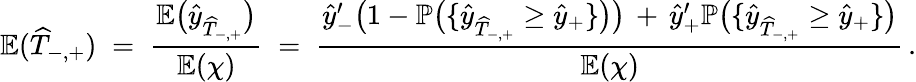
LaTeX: \mathbb{E}(\widehat{T}_{-,+})\; =\; \frac{\mathbb{E}\big(\widehat{y}_{\widehat{T}_{-,+}}\big)}{\mathbb{E}(\chi)}\; =\; \frac{\widehat{y}_{-}^{\prime}\big(1-\mathbb{P}\big(\{ \widehat{y}_{\widehat{T}_{-,+}}\geq\widehat{y}_{+}\} \big)\big)\, +\, \widehat{y}_{+}^{\prime}\mathbb{P}\big(\{ \widehat{y}_{\widehat{T}_{-,+}}\geq\widehat{y}_{+}\} \big)}{\mathbb{E}(\chi)}\, .